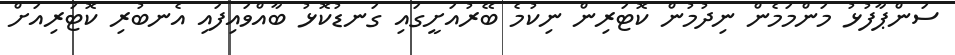
ސަންޕާފުޅު މަންމަމެން ނިދުމުން ކޮޓަރިން ނިކުމެ ބޭރުއަށީގައި ގަނޑުކޮޅު ބާއްވައިފައި އެނބުރި ކޮޓަރިއަށް